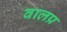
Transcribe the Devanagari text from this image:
वालप्र